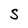
Character: S